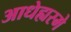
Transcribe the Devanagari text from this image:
आधेह्यस्मे